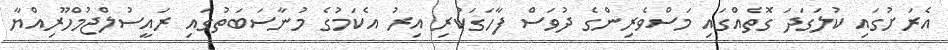
އެރަށުގައި ކުލަގަދަ ގޮތެއްގައި މަސްވެރިންގެ ދުވަސް ފާހަގަކުރި އިރު އެކަމުގެ މުނާސަބަތުގައި ރައީސުލްޖުމްހޫރިއްޔާ